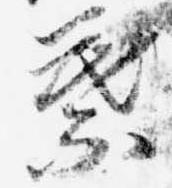
葉